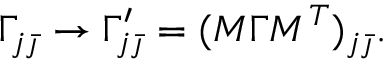
\Gamma _ { j \bar { \jmath } } \rightarrow \Gamma _ { j \bar { \jmath } } ^ { \prime } = ( M \Gamma M ^ { T } ) _ { j \bar { \jmath } } .